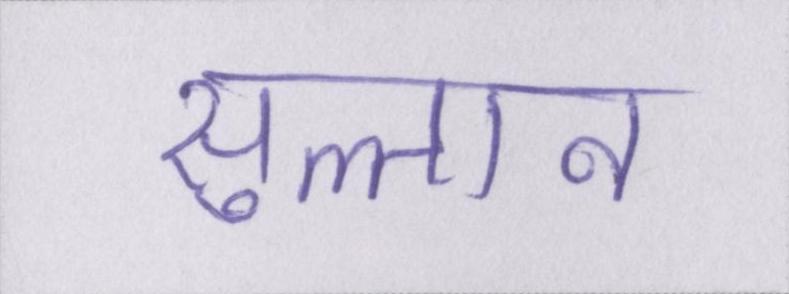
सुल्तान